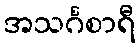
အသင်္ဂစာရီ